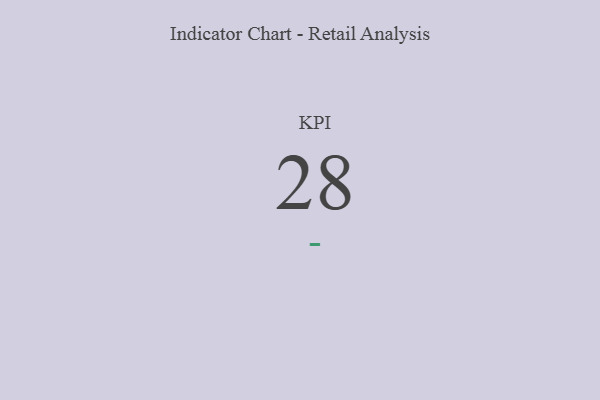
{"axis": {"x": "KPI", "y": "Value"}, "legend": [""], "data": [{"x": "KPI", "y": 28, "type": ""}]}